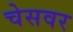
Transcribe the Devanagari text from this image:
चेसवर